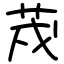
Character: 荗